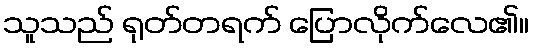
သူသည် ရုတ်တရက် ပြောလိုက်လေ၏။